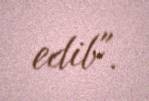
edib".